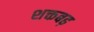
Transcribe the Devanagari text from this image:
शक्तबढ़